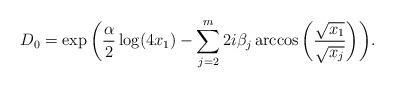
LaTeX: \begin{align*}D_{0} = \exp \bigg( \frac{\alpha}{2}\log(4x_{1}) -\sum_{j=2}^{m} 2 i \beta_{j} \arccos \bigg( \frac{\sqrt{x_{1}}}{\sqrt{x_{j}}} \bigg) \bigg).\end{align*}